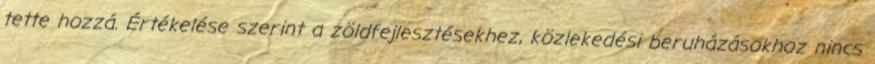
tette hozzá. Értékelése szerint a zöldfejlesztésekhez, közlekedési beruházásokhoz nincs